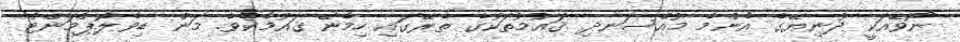
ނޯވޭއަކީ ދުނިޔޭގެ އެންމެ މުއްސަނދި ޤައުމުތަކުގެ ތެރޭގައި ހިމެނޭ ޤައުމެކެވެ. މަން ޑިވެލޮޕްމަންޓް